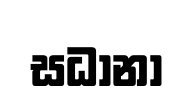
සධානා